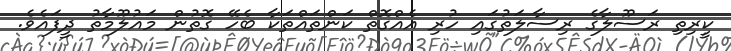
ކީރިތި ރަސޫލާގެ ރިސާލަތުގައި ހުރި އެއްގޮތް ކަންތައްތަކާ ބެހޭ ގޮތުން މައުލޫމާތު ދީފައެވެ.